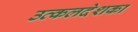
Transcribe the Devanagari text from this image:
उत्कलदेशका